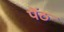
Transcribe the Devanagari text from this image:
पेंठ